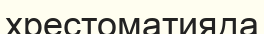
хрестоматияда